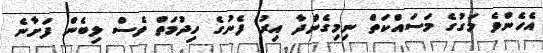
އެހެންވެ މަގުގެ މަސައްކަތް ނިމިގެންދާ އިރު ފެނުގެ ހިދުމަތް ވެސް ލިބެން ފަށާނެ